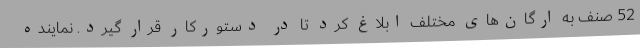
52 صنف به ارگان‌های مختلف ابلاغ کرد تا در دستورکار قرار گیرد. نماینده